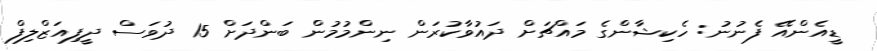
ޑީއެންއޭ ފެނުނު: ހެކިޝާންގެ މައްޗަށް ދައުވާކުރަން ނިންމުމުން ބަންދަށް 15 ދުވަސް ދީފިއަޒްލިފް